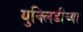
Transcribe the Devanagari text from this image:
युक्लिडीच्या